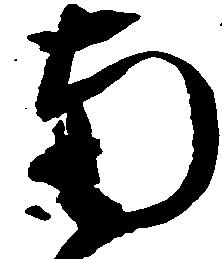
南